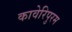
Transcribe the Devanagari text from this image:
कावेरिपुरम